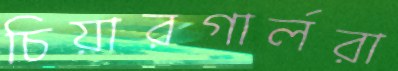
চিয়ারগার্লরা